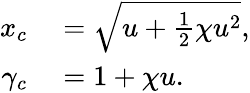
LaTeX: \begin{array}{rl}{x_{c}}&{{}=\sqrt{u+\frac{1}{2}\chi u^{2}},}\\ {\gamma_{c}}&{{}=1+\chi u.}\end{array}